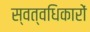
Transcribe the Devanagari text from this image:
स्वत्वधिकारों